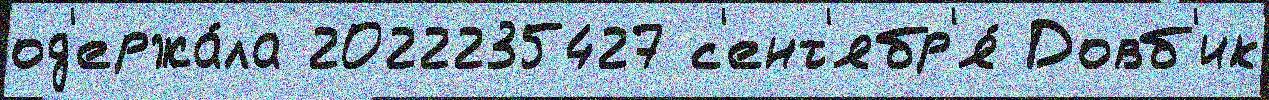
од'ержа́ла 2022235427 с'ент'ябр'я́ Довб'ик